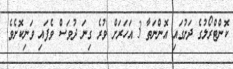
ކޮންޓްރޯލުގެ ދަށުގައި އޮންނަތާ 3 އަހަރަށް ވުރެ ގިނަ ދުވަސް ވެފައި ވަނިކޮށެވެ.